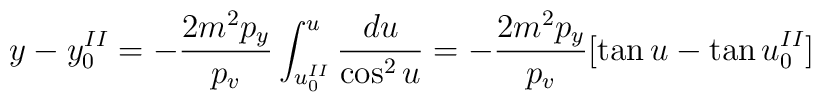
y-y^{II}_{0}=-\frac{2m^{2}p_{y}}{p_{v}}\int ^{u}_{u^{II}_{0}}          \frac{du}{\cos ^{2}u}=          -\frac{2m^{2}p_{y}}{p_{v}}[\tan u -\tan u^{II}_{0}]